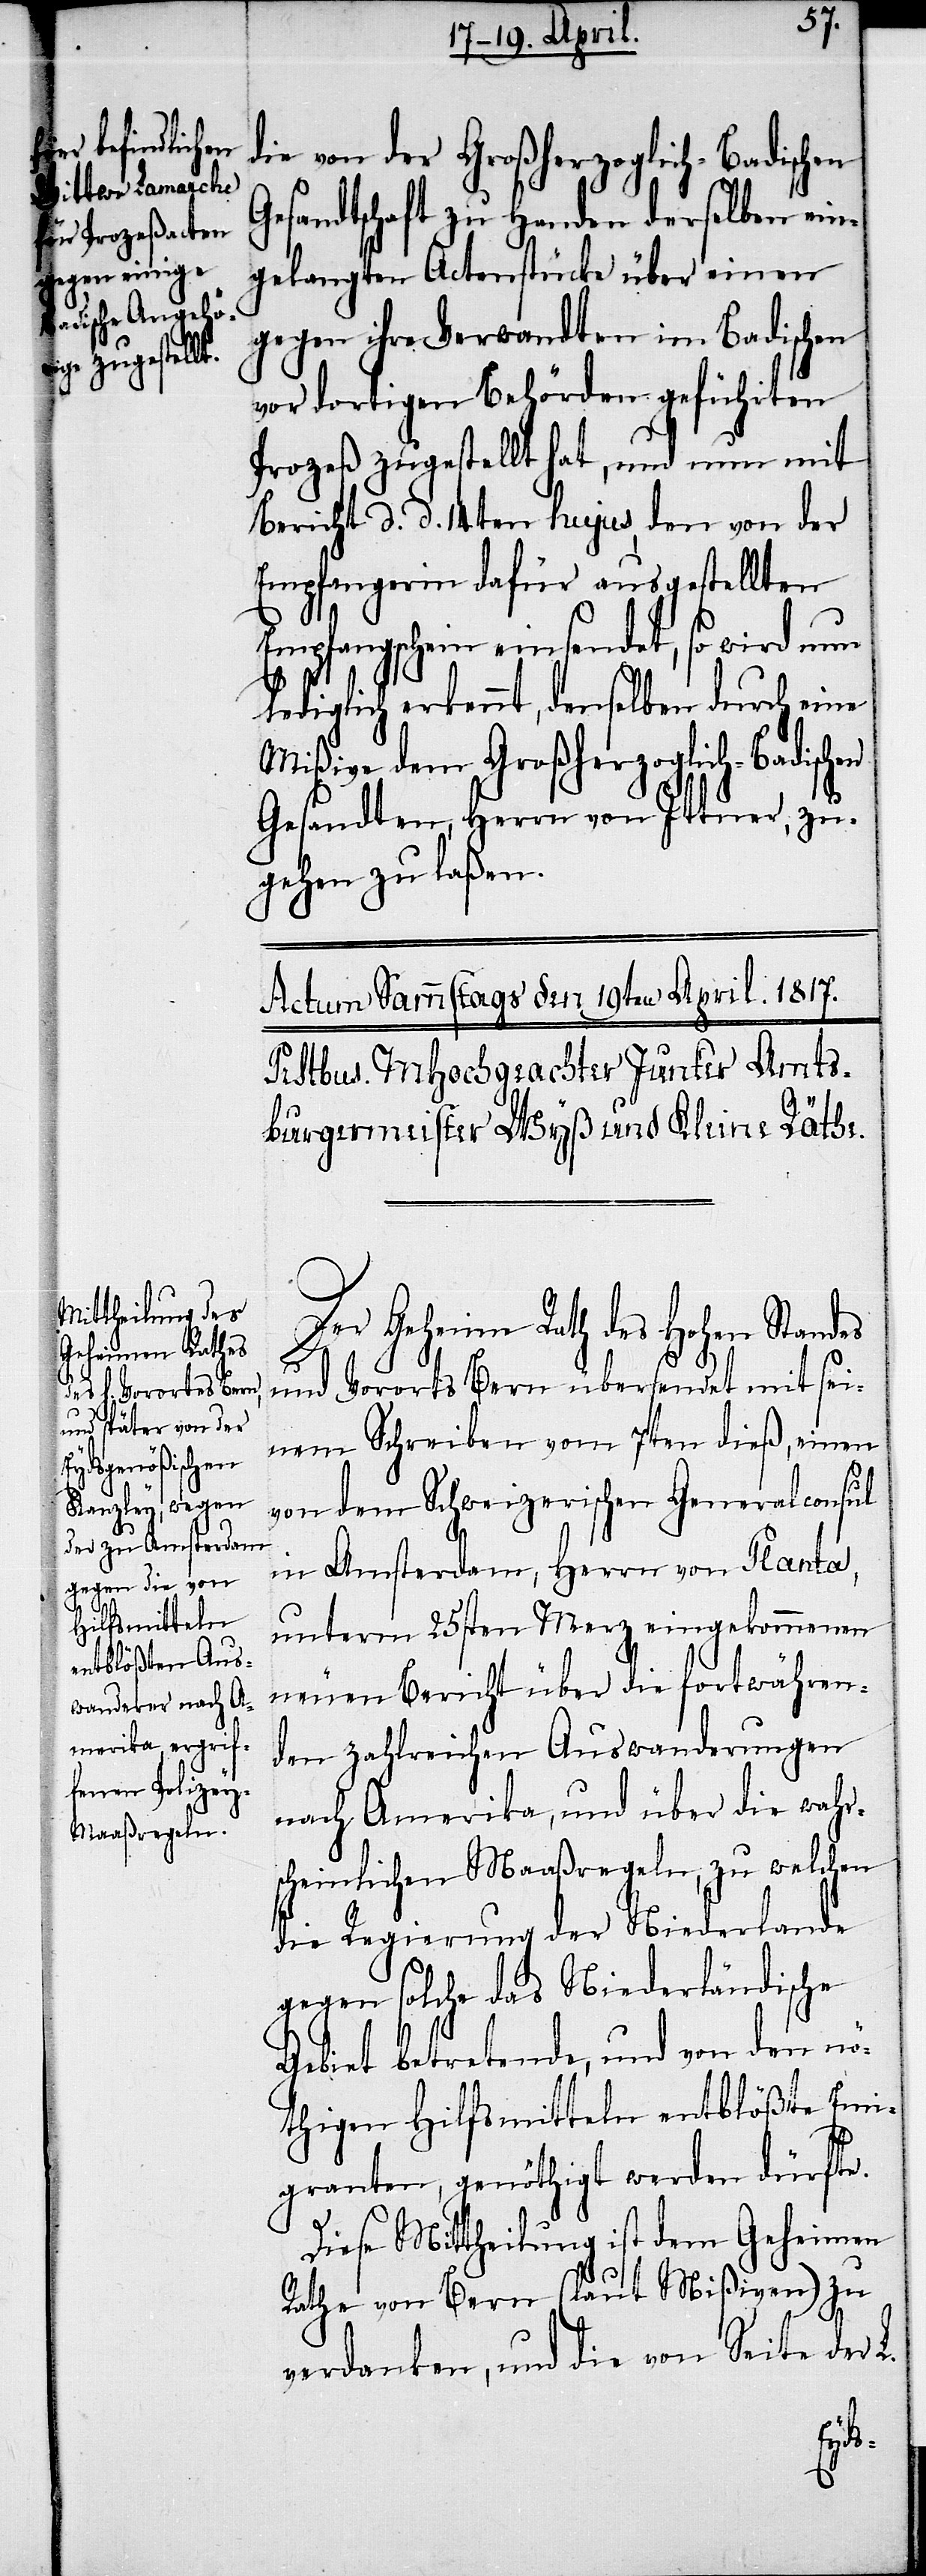
die von der Großherzoglich-Badischen
Gesandtschaft zu Handen derselben ein¬
gelangten Actenstücke über einen
gegen ihre Verwandten im Badischen
vor dortigen Behörden geführten
Prozeß zugestellt hat, und nun mit
Bericht d. d. 14ten hujus, den von der
Empfangerin dafür ausgestellten
Empfangschein einsendet, so wird nun
lediglich erkennt, denselben durch eine
Mißive dem Großherzoglich-Badischen
Gesandten, Herrn von Ittner, zu¬
gehen zu laßen.
Der Geheime Rath des Hohen Standes
L.
und Vororts Bern übersendet mit sei¬
nem Schreiben vom 7ten dieß, einen
von dem Schweizerischen Generalconsul
in Amsterdam, Herrn von Planta,
unterm 25sten Merz eingekommenen
neuen Bericht über die fortwähren¬
den zahlreichen Auswanderungen
nach Amerika, und über die wahr¬
scheinlichen Maaßregeln, zu welchen
die Regierung der Niederlande
gegen solche das Niederländische
Gebiet betretende, und von den nö¬
thigen Hilfsmitteln entblößte Emi¬
granten, genöthigt werden dürfte.
Diese Mittheilung ist dem Geheimen
Rathe von Bern (laut Mißiven) zu
verdanken, und die von Seite der